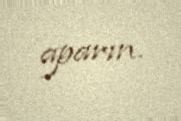
aparın.